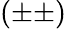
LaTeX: (\pm\pm)